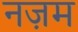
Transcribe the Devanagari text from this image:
नज़म